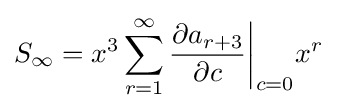
S_{\infty }=x^{3}\sum _{r=1}^{\infty }{\frac {\partial a_{r+3}}{\partial c}}{\bigg \vert }_{c=0}x^{r}